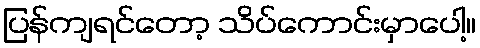
ပြန်ကျရင်တော့ သိပ်ကောင်းမှာပေါ့။